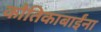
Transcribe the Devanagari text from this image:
कौतिकाबाईंना